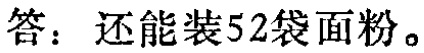
答：还能装52袋面粉。